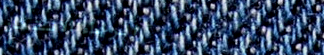
الرجاء الانتظار